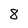
Character: 8